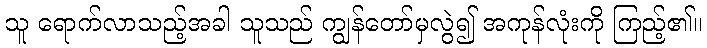
သူ ရောက်လာသည့်အခါ သူသည် ကျွန်တော်မှလွဲ၍ အကုန်လုံးကို ကြည့်၏။